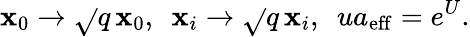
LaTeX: \mathbf{x}_{0}\rightarrow\sqrt{}{{q}}\, \mathbf{x}_{0},~~\mathbf{x}_{i}\rightarrow\sqrt{}{{q}}\, \mathbf{x}_{i},~~ua_{\mathrm{{eff}}}=e^{U}.